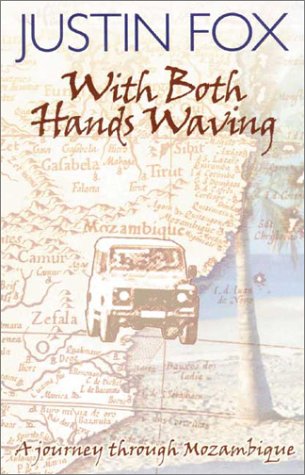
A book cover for With Both Hands Waving: A Journey Through Mozambique; Justin Fox; Travel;